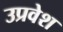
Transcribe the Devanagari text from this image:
उप्रवेश